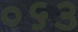
૦૬૩